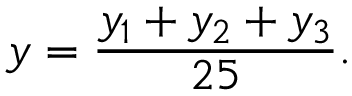
y = \frac { y _ { 1 } + y _ { 2 } + y _ { 3 } } { 2 5 } .